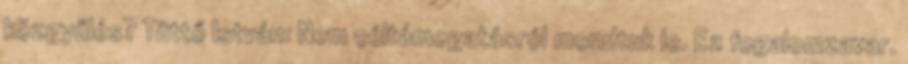
közgyűlés? Tüttő István: Nem céltámogatásról mondtuk le. Ez fogalomzavar.